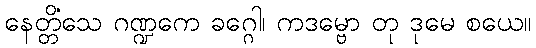
နေတ္တိံသေ ဂဏ္ဍကေ ခဂ္ဂေါ၊ ကဒမ္ဗော တု ဒုမေ စယေ။